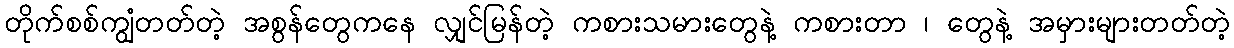
တိုက်စစ်ကျွံတတ်တဲ့ အစွန်တွေကနေ လျှင်မြန်တဲ့ ကစားသမားတွေနဲ့ ကစားတာ ၊ တွေနဲ့ အမှားများတတ်တဲ့